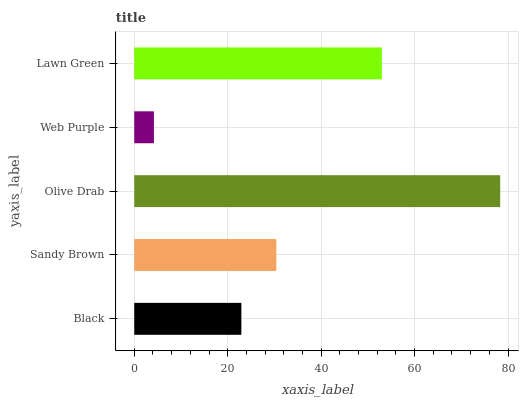
| yaxis_label | bars |
 | --- | --- |
 | Black | 22.9 |
 | Sandy Brown | 30.4 |
 | Olive Drab | 78.3 |
 | Web Purple | 4.21 |
 | Lawn Green | 53 |